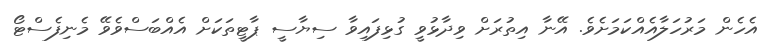
އެހެން މަރުހަލާއެއްކަމަށެވެ. އޭނާ އިތުރަށް ވިދާޅުވީ ގުޅިފައިވާ ސިޔާސީ ޕާޓީތަކަށް އެއްބަސްވެވޭ މެނިފެސްޓޯ